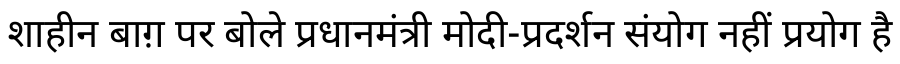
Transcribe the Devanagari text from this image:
शाहीन बाग़ पर बोले प्रधानमंत्री मोदी-प्रदर्शन संयोग नहीं प्रयोग है